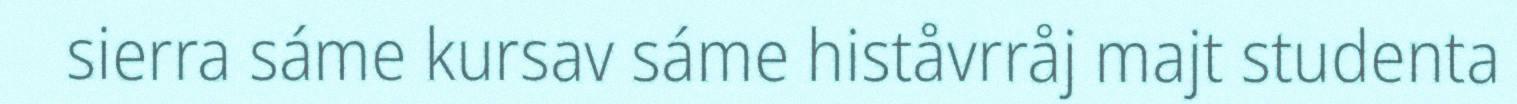
sierra sáme kursav sáme histåvrråj majt studenta